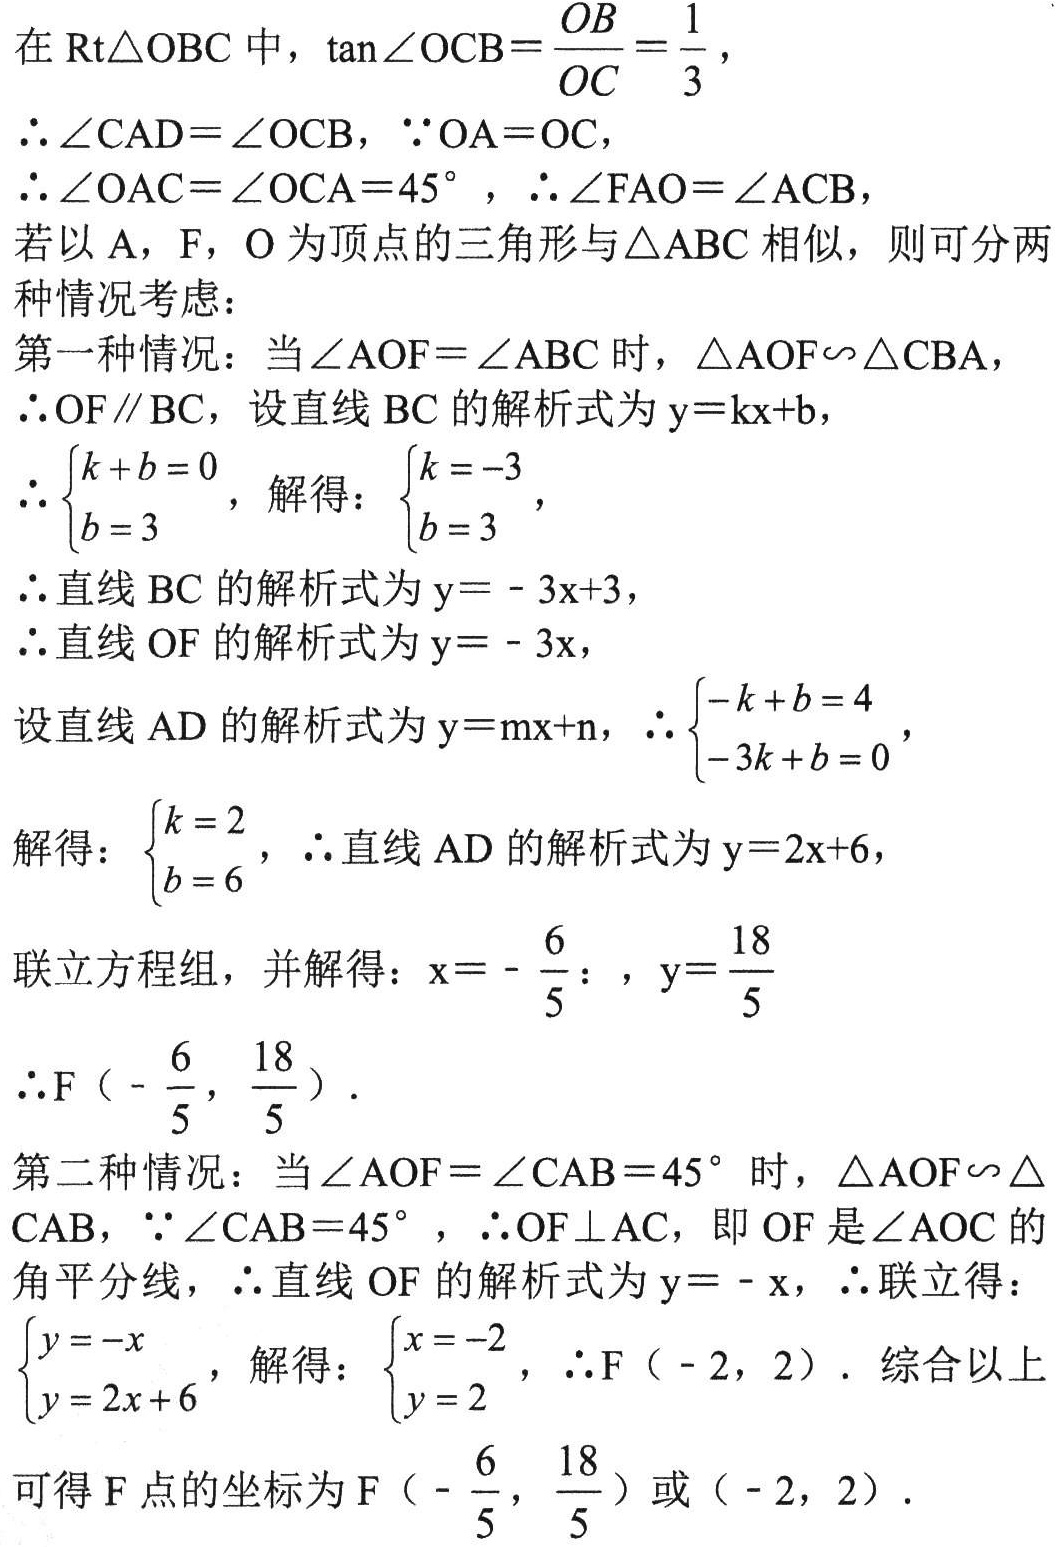
在 \(\text{Rt}\triangle OBC\) 中，\(\tan\angle OCB = \frac{OB}{OC}=\frac{1}{3}\)，
\(\therefore\angle CAD = \angle OCB\)，\(\because OA = OC\)，
\(\therefore\angle OAC=\angle OCA = 45^{\circ}\)，\(\therefore\angle FAO=\angle ACB\)，
若以 \(A\)，\(F\)，\(O\) 为顶点的三角形与 \(\triangle ABC\) 相似，则可分两种情况考虑：
第一种情况：当 \(\angle AOF=\angle ABC\) 时，\(\triangle AOF\backsim\triangle CBA\)，
\(\therefore OF\parallel BC\)，设直线 \(BC\) 的解析式为 \(y = kx + b\)，
\(\therefore\begin{cases}k + b = 0\\b = 3\end{cases}\)，解得：\(\begin{cases}k = - 3\\b = 3\end{cases}\)，
\(\therefore\) 直线 \(BC\) 的解析式为 \(y=-3x + 3\)，
\(\therefore\) 直线 \(OF\) 的解析式为 \(y=-3x\)，
设直线 \(AD\) 的解析式为 \(y = mx + n\)，\(\therefore\begin{cases}-k + b = 4\\-3k + b = 0\end{cases}\)，
解得：\(\begin{cases}k = 2\\b = 6\end{cases}\)，\(\therefore\) 直线 \(AD\) 的解析式为 \(y = 2x+6\)，
联立方程组，并解得：\(x = -\frac{6}{5}\)，\(y=\frac{18}{5}\)
\(\therefore F\left(-\frac{6}{5},\frac{18}{5}\right)\)．
第二种情况：当 \(\angle AOF=\angle CAB = 45^{\circ}\) 时，\(\triangle AOF\backsim\triangle CAB\)，\(\because\angle CAB = 45^{\circ}\)，\(\therefore OF\perp AC\)，即 \(OF\) 是 \(\angle AOC\) 的角平分线，\(\therefore\) 直线 \(OF\) 的解析式为 \(y=-x\)，\(\therefore\) 联立得：\(\begin{cases}y=-x\\y = 2x+6\end{cases}\)，解得：\(\begin{cases}x=-2\\y = 2\end{cases}\)，\(\therefore F(-2,2)\)．综合以上可得 \(F\) 点的坐标为 \(F\left(-\frac{6}{5},\frac{18}{5}\right)\) 或 \((-2,2)\)．